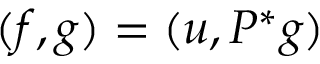
( f , g ) = ( u , P ^ { * } g )